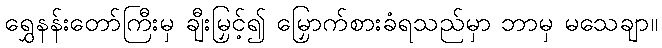
ရွှေနန်းတော်ကြီးမှ ချီးမြှင့်၍ မြှောက်စားခံရသည်မှာ ဘာမှ မသေချာ။